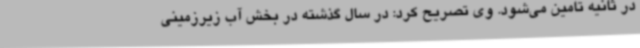
در ثانیه تامین می‌شود. وی تصریح کرد: در سال گذشته در بخش آب زیرزمینی